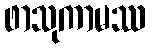
ဖာသုကာမဿ